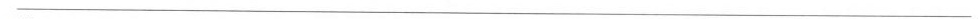
___